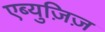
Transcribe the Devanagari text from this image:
एब्युज़िज़